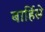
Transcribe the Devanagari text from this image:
बार्हिसे